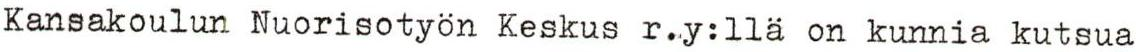
Kansakoulun Nuorisotyön Keskus r.y:llä on kunnia kutsua